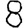
Digit: 8